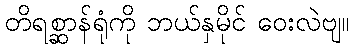
တိရစ္ဆာန်ရုံကို ဘယ်နှမိုင် ဝေးလဲဗျ။